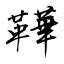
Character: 鞾